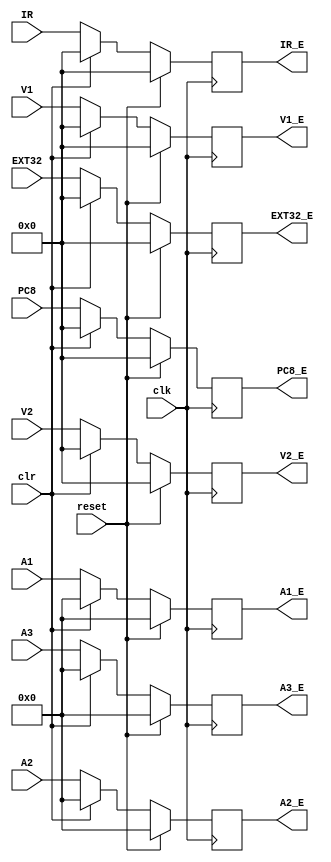
`timescale 1ns / 1ps
//////////////////////////////////////////////////////////////////////////////////
// Company: 
// Engineer: 
// 
// Design Name: 
// Module Name:    reg_ID_EX 
// Project Name: 
// Target Devices: 
// Tool versions: 
// Description: 
//
// Dependencies: 
//
// Revision: 
// Revision 0.01 - File Created
// Additional Comments: 
//
//////////////////////////////////////////////////////////////////////////////////
module Ereg_ID_EX(
    input [31:0] IR,
    input [31:0] PC8,
    input [31:0] V1,
    input [31:0] V2,
    input [4:0] A1,
    input [4:0] A2,
    input [4:0] A3,
    input [31:0] EXT32,
	 input clk,
	 input reset,
	 input clr,
    output reg [31:0] IR_E,
    output reg [31:0] PC8_E,
    output reg [31:0] V1_E,
    output reg [31:0] V2_E,
    output reg [4:0] A1_E,
    output reg [4:0] A2_E,
    output reg [4:0] A3_E,
    output reg [31:0] EXT32_E
    );
	 initial begin
		IR_E<=0;
		PC8_E<=0;
		V1_E<=0;
		V2_E<=0;
		A1_E<=0;
		A2_E<=0;
		A3_E<=0;
		EXT32_E<=0;		
	 end
	always @(posedge clk)begin
		if (reset)begin
			IR_E<=0;
			PC8_E<=0;
			V1_E<=0;
			V2_E<=0;
			A1_E<=0;
			A2_E<=0;
			A3_E<=0;
			EXT32_E<=0;		
		end
		else if (clr)begin
			IR_E<=0;
			PC8_E<=0;
			V1_E<=0;
			V2_E<=0;
			A1_E<=0;
			A2_E<=0;
			A3_E<=0;
			EXT32_E<=0;				
		end
		else begin
			IR_E<=IR;
			PC8_E<=PC8;
			V1_E<=V1;
			V2_E<=V2;
			A1_E<=A1;
			A2_E<=A2;
			A3_E<=A3;
			EXT32_E<=EXT32;
		end
	end

endmodule